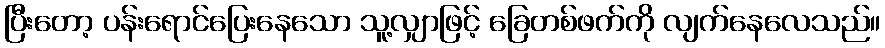
ပြီးတော့ ပန်းရောင်ပြေးနေသော သူ့လျှာဖြင့် ခြေတစ်ဖက်ကို လျက်နေလေသည်။